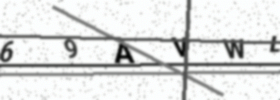
Text: 69AVWL